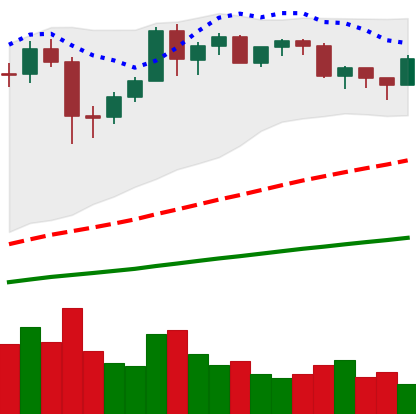
Ticker: BTC-USD
Chart end date: 2020-12-12
Forward return: 21.281%
Label: up_7plus